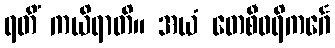
ရတိံ ကယိရာတိ။ အယံ တေစီဝရိကင်္ဂေ